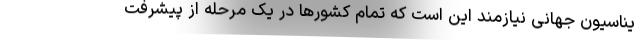
یناسیون جهانی نیازمند این است که تمام کشورها در یک مرحله از پیشرفت